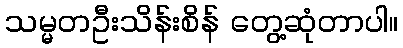
သမ္မတဦးသိန်းစိန် တွေ့ဆုံတာပါ။